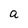
Character: a